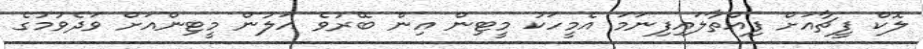
ލޮކް ފީޗާއަށް ފިއްތާލައިފިނަމަ އެމީހަކު މީޓިން އިން ބޭރުވެ އަލުން މީޓިންއަށް ވަދެވުމުގެ